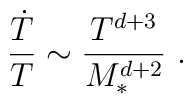
\frac{{\dot T}}{T}\sim \frac{T^{d+3}}{M_*^{d+2}} \ .